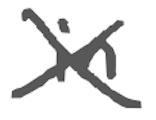
Text: in
Cross-out: cross
Writing tool: digital_gray